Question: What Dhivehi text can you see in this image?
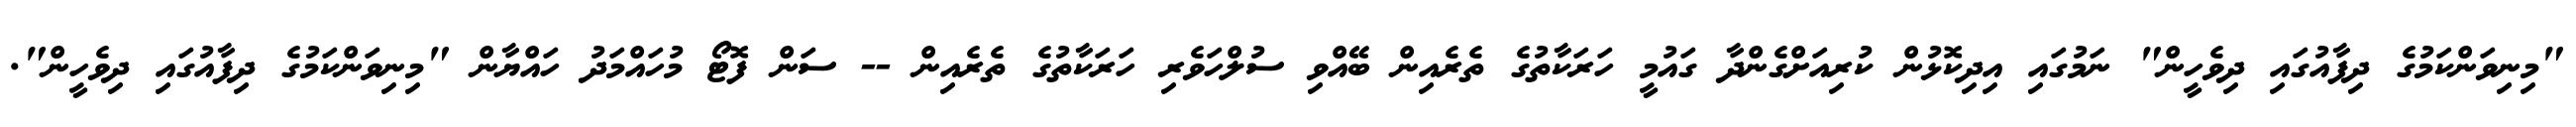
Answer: "މިނިވަންކަމުގެ ދިފާއުގައި ދިވެހީން" ނަމުގައި އިދިކޮޅުން ކުރިއަށްގެންދާ ގައުމީ ހަރަކާތުގެ ތެރެއިން ބޭއްވި ސުލްހަވެރި ހަރަކާތުގެ ތެރެއިން -- ސަން ފޮޓޯ މުހައްމަދު ހައްޔާން "މިނިވަންކަމުގެ ދިފާއުގައި ދިވެހީން".